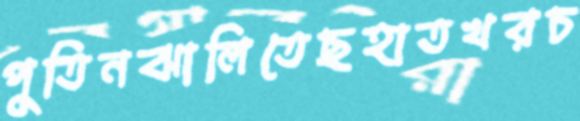
পুতিনঝালিতেছহাতখরচ